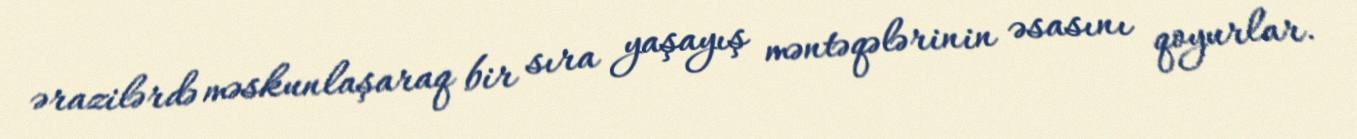
ərazilərdə məskunlaşaraq bir sıra yaşayış məntəqələrinin əsasını qoyurlar.